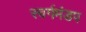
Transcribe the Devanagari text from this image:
स्वर्गमंडप